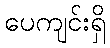
ပေကျင်းရှိ